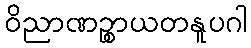
ဝိညာဏဉ္စာယတနူပဂါ